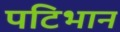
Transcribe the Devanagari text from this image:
पटिभान